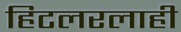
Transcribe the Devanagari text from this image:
हिटलरलाही